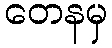
တေနမှ